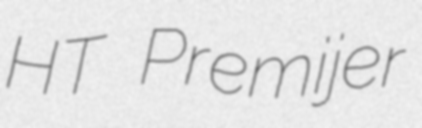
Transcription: HT Premijer